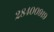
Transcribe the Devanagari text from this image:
२८४००९१९